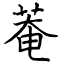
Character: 菴